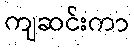
ကျဆင်းကာ